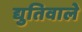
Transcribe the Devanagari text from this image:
द्युतिवाले